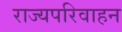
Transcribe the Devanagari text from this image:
राज्यपरिवाहन